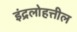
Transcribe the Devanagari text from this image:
इंद्रलोहत्तील